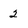
Character: 2